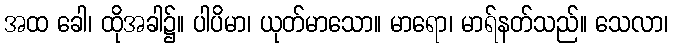
အထ ခေါ၊ ထိုအခါ၌။ ပါပိမာ၊ ယုတ်မာသော။ မာရော၊ မာရ်နတ်သည်။ သေလာ၊